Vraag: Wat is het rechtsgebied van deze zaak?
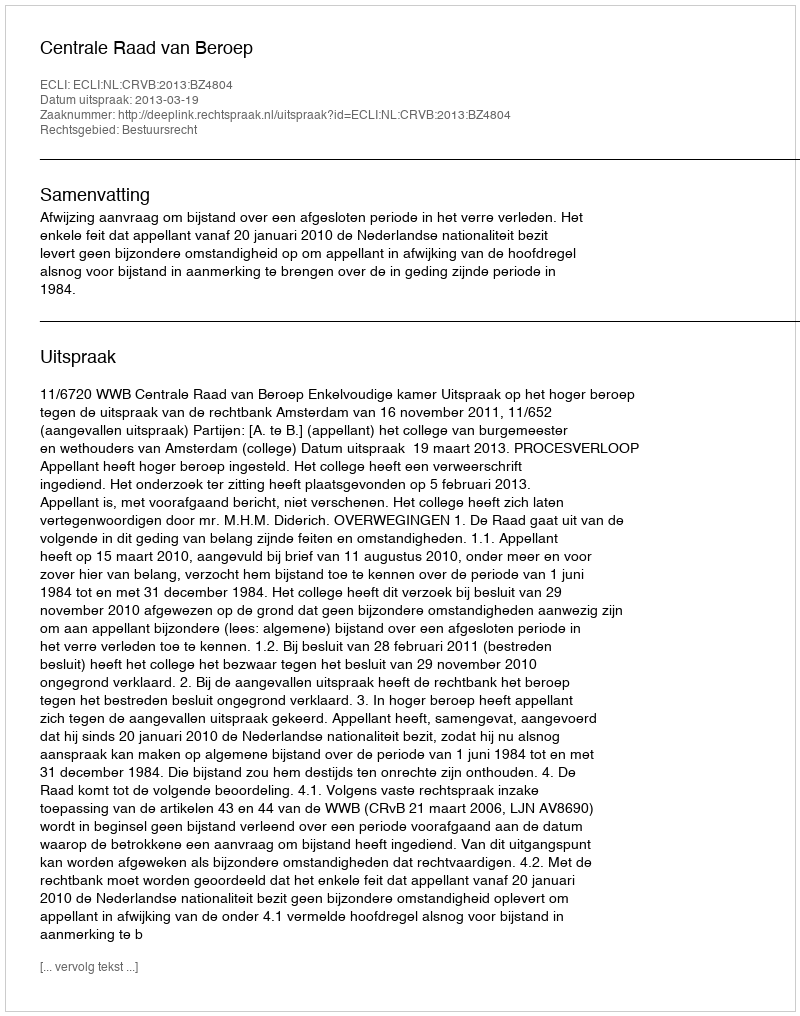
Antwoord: Bestuursrecht